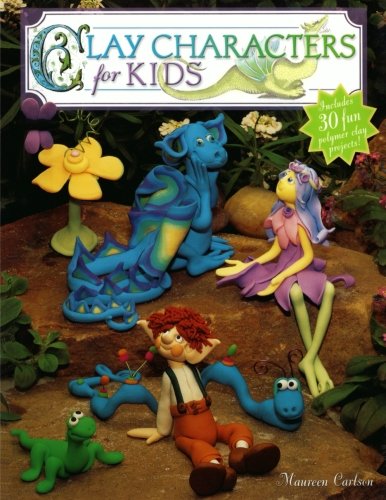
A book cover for Clay Characters for Kids; Maureen Carlson; Crafts, Hobbies & Home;